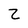
Character: Z